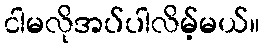
ငါမလိုအပ်ပါလိမ့်မယ်။